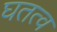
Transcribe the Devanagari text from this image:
घतत्व